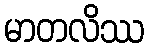
မာတလိဿ